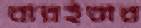
বারইবার